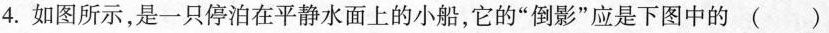
4.如图所示，是一只停泊在平静水面上的小船，它的”倒影”应是下图中的 ( )